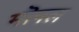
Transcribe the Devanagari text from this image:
मॊगल